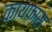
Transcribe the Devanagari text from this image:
कायफास